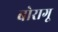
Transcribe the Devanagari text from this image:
बोरागू